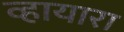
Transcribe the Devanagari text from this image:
व्हायारा